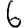
Digit: 6